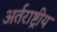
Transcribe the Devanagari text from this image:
अर्तराष्ट्रीय